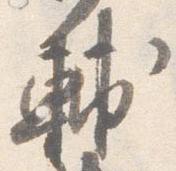
輔